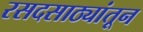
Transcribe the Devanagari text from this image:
रसदसाठ्यांतून